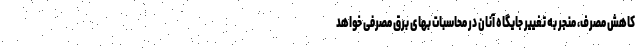
کاهش مصرف، منجر به تغییر جایگاه آنان در محاسبات بهای برق مصرفی خواهد